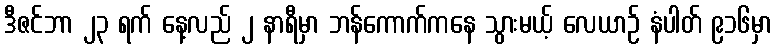
ဒီဇင်ဘာ ၂၃ ရက် နေ့လည် ၂ နာရီမှာ ဘန်ကောက်ကနေ သွားမယ့် လေယာဉ် နံပါတ် ၉၁၆မှာ